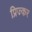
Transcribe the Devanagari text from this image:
प्रिज्कर